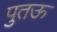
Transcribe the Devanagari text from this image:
पुतऊ